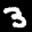
Label: 3